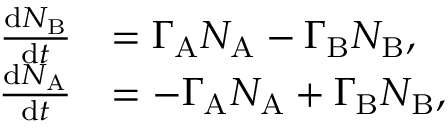
\begin{array} { r l } { \frac { \mathrm { d } N _ { \mathrm { B } } } { \mathrm { d } t } } & { = \Gamma _ { \mathrm { A } } N _ { \mathrm { A } } - \Gamma _ { \mathrm { B } } N _ { \mathrm { B } } , } \\ { \frac { \mathrm { d } N _ { \mathrm { A } } } { \mathrm { d } t } } & { = - \Gamma _ { \mathrm { A } } N _ { \mathrm { A } } + \Gamma _ { \mathrm { B } } N _ { \mathrm { B } } , } \end{array}